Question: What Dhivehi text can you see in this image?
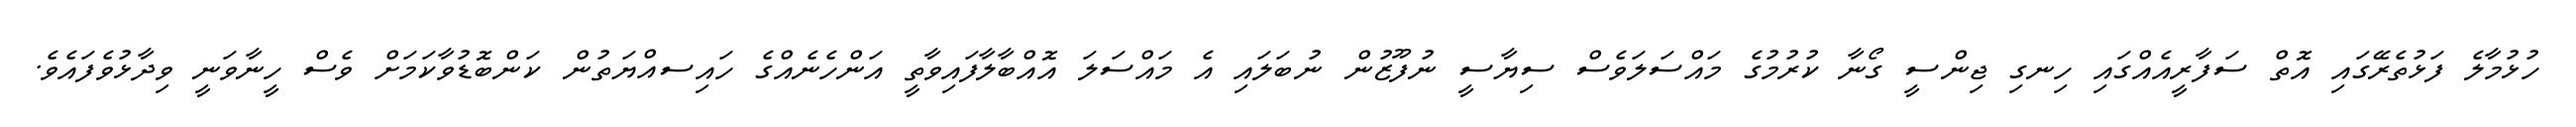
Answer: ހުޅުމާލެ ފަޅުތެރޭގައި އޮތް ސަފާރީއެއްގައި ހިނގި ޖިންސީ ގޯނާ ކުރުމުގެ މައްސަލަވެސް ސިޔާސީ ނުފޫޒުން ނުބަލައި އެ މައްސަލަ އޮއްބާލާފައިވާތީ އަންހެނެއްގެ ހައިސއްޔަތުން ކަންބޮޑުވާކަމަށް ވެސް ހީނާވަނީ ވިދާޅުވެފައެވެ.